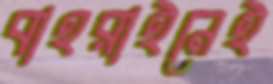
বাহরাইনেই